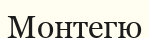
Монтегю